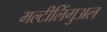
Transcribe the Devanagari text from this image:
मल्टीलिंगुअल